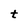
Character: t